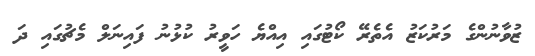
ޒުވާނުންގެ މަރުކަޒު އެތެރޭ ކޯޓުގައި އިއްޔެ ހަވީރު ކުޅުނު ފައިނަލް މެޗުގައި ދަ